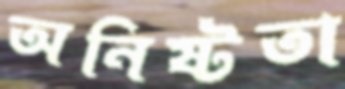
অনিষ্টতা